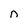
Character: n